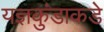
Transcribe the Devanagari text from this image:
यज्ञकुंडाकडे